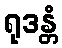
ရုဒန္တံ